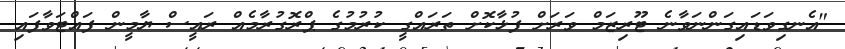
"އެނގިވަޑައިގަންނަވާނެ ޓޫރިޒަމް ވަރަށް ފުޅާކޮށް ތަރައްގީ ކުރުމުގެ ޕްރޮގުރާމެއް ރައީސް ޔާމީން ފައްޓަވާފައި